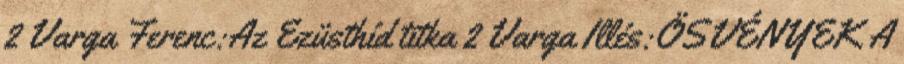
2 Varga Ferenc:Az Ezüsthíd titka 2 Varga Illés:ÖSVÉNYEK A